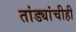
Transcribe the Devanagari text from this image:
तांड्यांचीही